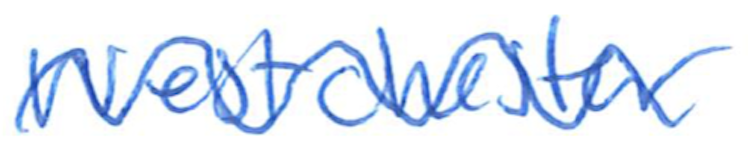
Text: Westchester
Cross-out: wave
Writing tool: ballpoint